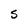
Character: S